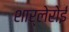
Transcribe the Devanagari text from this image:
शार्लेरोई